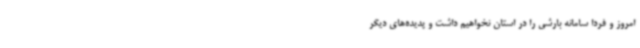
امروز و فردا سامانه بارشی را در استان نخواهیم داشت و پدیده‌های دیگر